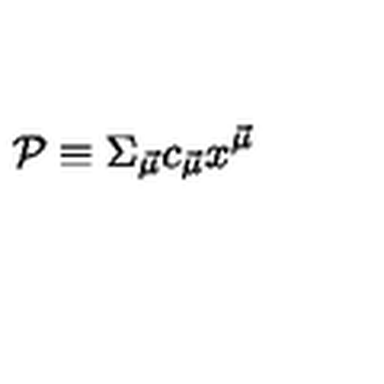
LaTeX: { \cal P } \equiv \Sigma _ { \vec { \mu } } c _ { \vec { \mu } } x ^ { \vec { \mu } }